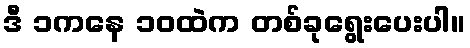
ဒီ ၁ကနေ ၁၀ထဲက တစ်ခုရွေးပေးပါ။